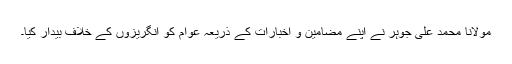
مولانا محمد علی جوہر نے اپنے مضامین و اخبارات کے ذریعہ عوام کو انگریزوں کے خلاف بیدار کیا۔